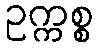
ဥက္ကစ္စ